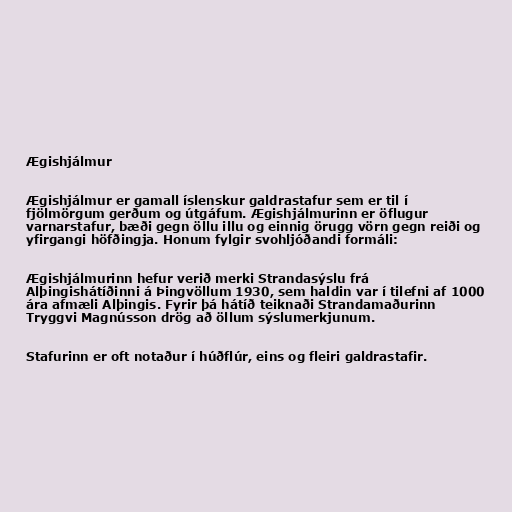
Ægishjálmur

Ægishjálmur er gamall íslenskur galdrastafur sem er til í
fjölmörgum gerðum og útgáfum. Ægishjálmurinn er öflugur
varnarstafur, bæði gegn öllu illu og einnig örugg vörn gegn reiði og
yfirgangi höfðingja. Honum fylgir svohljóðandi formáli:

Ægishjálmurinn hefur verið merki Strandasýslu frá
Alþingishátíðinni á Þingvöllum 1930, sem haldin var í tilefni af 1000
ára afmæli Alþingis. Fyrir þá hátíð teiknaði Strandamaðurinn
Tryggvi Magnússon drög að öllum sýslumerkjunum.

Stafurinn er oft notaður í húðflúr, eins og fleiri galdrastafir.